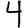
Digit: 4